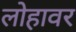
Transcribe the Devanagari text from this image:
लोहावर